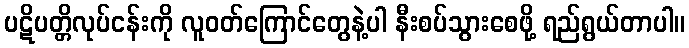
ပဋိပတ္တိလုပ်ငန်းကို လူဝတ်ကြောင်တွေနဲ့ပါ နီးစပ်သွားစေဖို့ ရည်ရွယ်တာပါ။